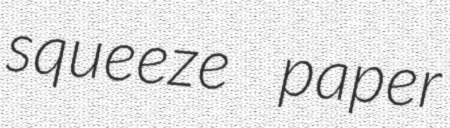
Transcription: squeeze paper